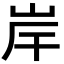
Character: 岸